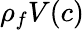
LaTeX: \rho_{f}V(c)